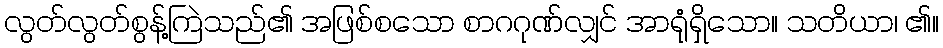
လွတ်လွတ်စွန့်ကြဲသည်၏ အဖြစ်စသော စာဂဂုဏ်လျှင် အာရုံရှိသော။ သတိယာ၊ ၏။